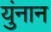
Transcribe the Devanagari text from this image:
युंनान